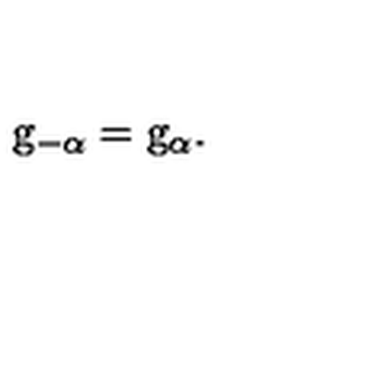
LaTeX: \mathrm { \sl g } _ { - \alpha } = \mathrm { \sl g } _ { \alpha } .